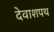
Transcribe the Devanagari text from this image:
देवाशपथ